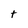
Character: t